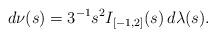
LaTeX: \begin{align*}d\nu(s)=3^{-1}s^{2}I_{[-1,2]}(s)\,d\lambda(s).\end{align*}